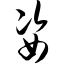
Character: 姿